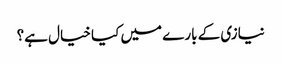
نیازی کے بارے میں کیا خیال ہے؟